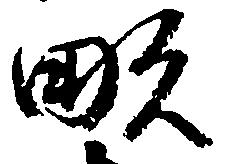
畝